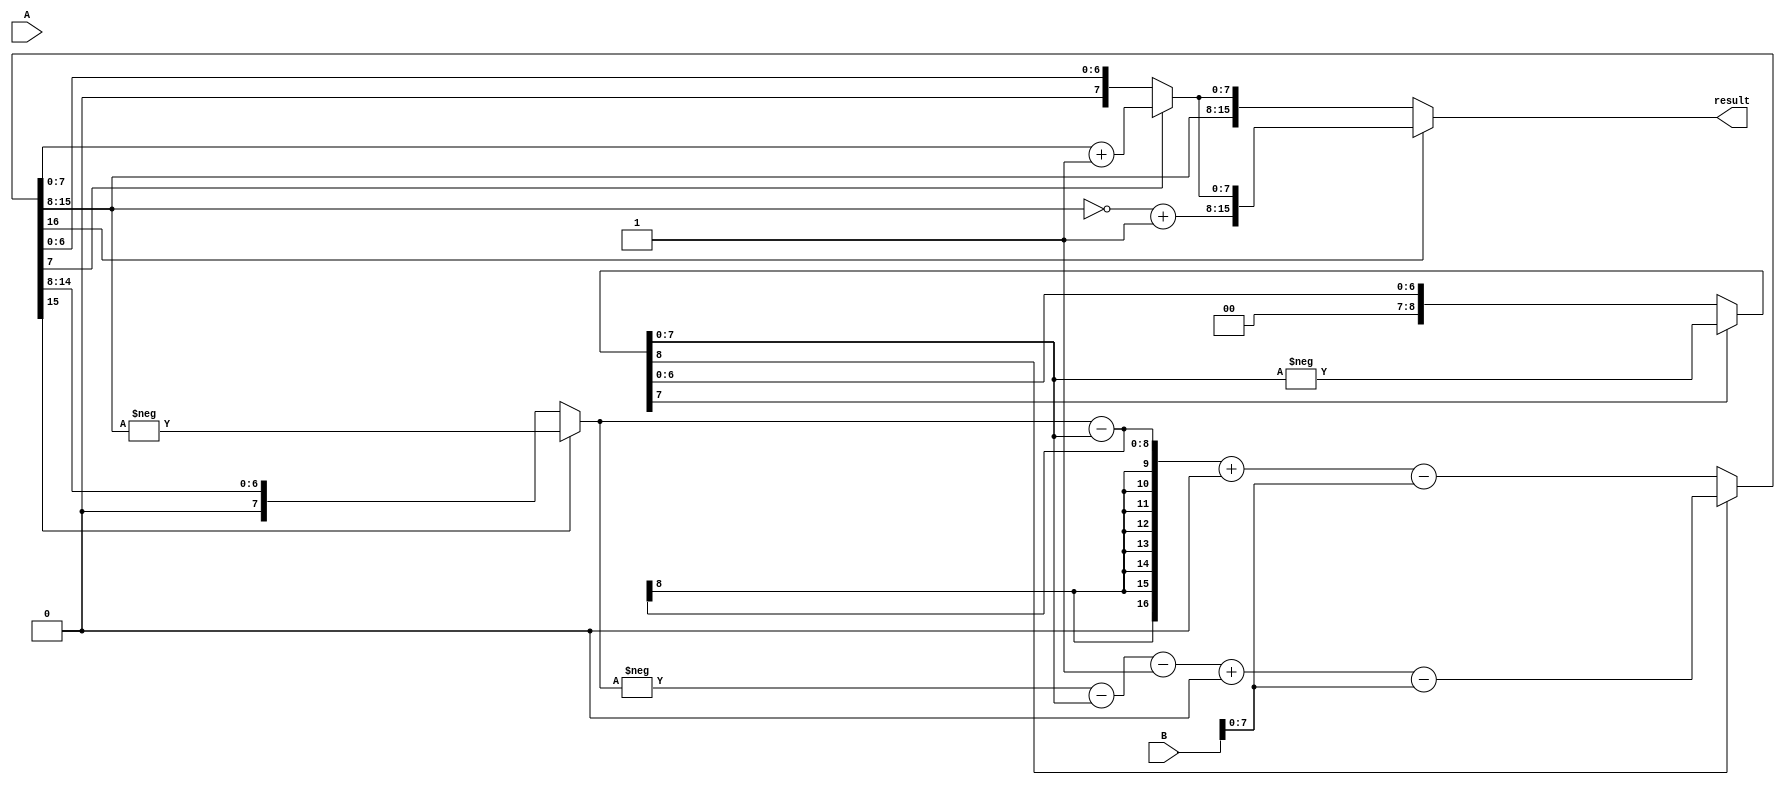
module fixed_point_subtractor (
    input [N-1:0] A, // input operand A
    input [N-1:0] B, // input operand B
    output reg [N-1:0] result // output result
);

parameter N = 16; // total number of bits for fixed-point numbers
parameter I = 8; // number of integer bits
parameter F = 8; // number of fractional bits

reg [I-1:0] int_part_A;
reg [F-1:0] frac_part_A;
reg [I-1:0] int_part_B;
reg [F-1:0] frac_part_B;
reg [F-1:0] frac_result;
reg sign_result;

// extract integer and fractional parts from input operands
assign int_part_A = A[N-1:N-F];
assign frac_part_A = A[F-1:0];
assign int_part_B = B[N-1:N-F];
assign frac_part_B = B[F-1:0];

// perform subtraction
always @* begin
    {sign_result, int_part_A} = A[N-1] ? -int_part_A : int_part_A;
    {sign_result, int_part_B} = B[N-1] ? -int_part_B : int_part_B;
    
    if (sign_result == 0) begin // A is positive
        // align decimal points and subtract
        {sign_result, int_part_A, frac_part_A} = int_part_A - int_part_B + {F{1'b0}} - frac_part_B;
    end else begin // A is negative
        // align decimal points and subtract
        {sign_result, int_part_A, frac_part_A} = -int_part_A - int_part_B - 1 + {F{1'b0}} - frac_part_B;
    end
end

// round the result to specified number of fraction bits
always @* begin
    if (frac_part_A[F-1] == 1) begin
        frac_result = frac_part_A + 1;
    end else begin
        frac_result = frac_part_A;
    end
end

// combine integer and fractional parts to get the final result
always @* begin
    if (sign_result == 0) begin // result is positive
        result = {int_part_A, frac_result};
    end else begin // result is negative
        result = {~int_part_A + 1, frac_result};
    end
end

endmodule